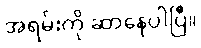
အရမ်းကို ဆာနေပါပြီ။